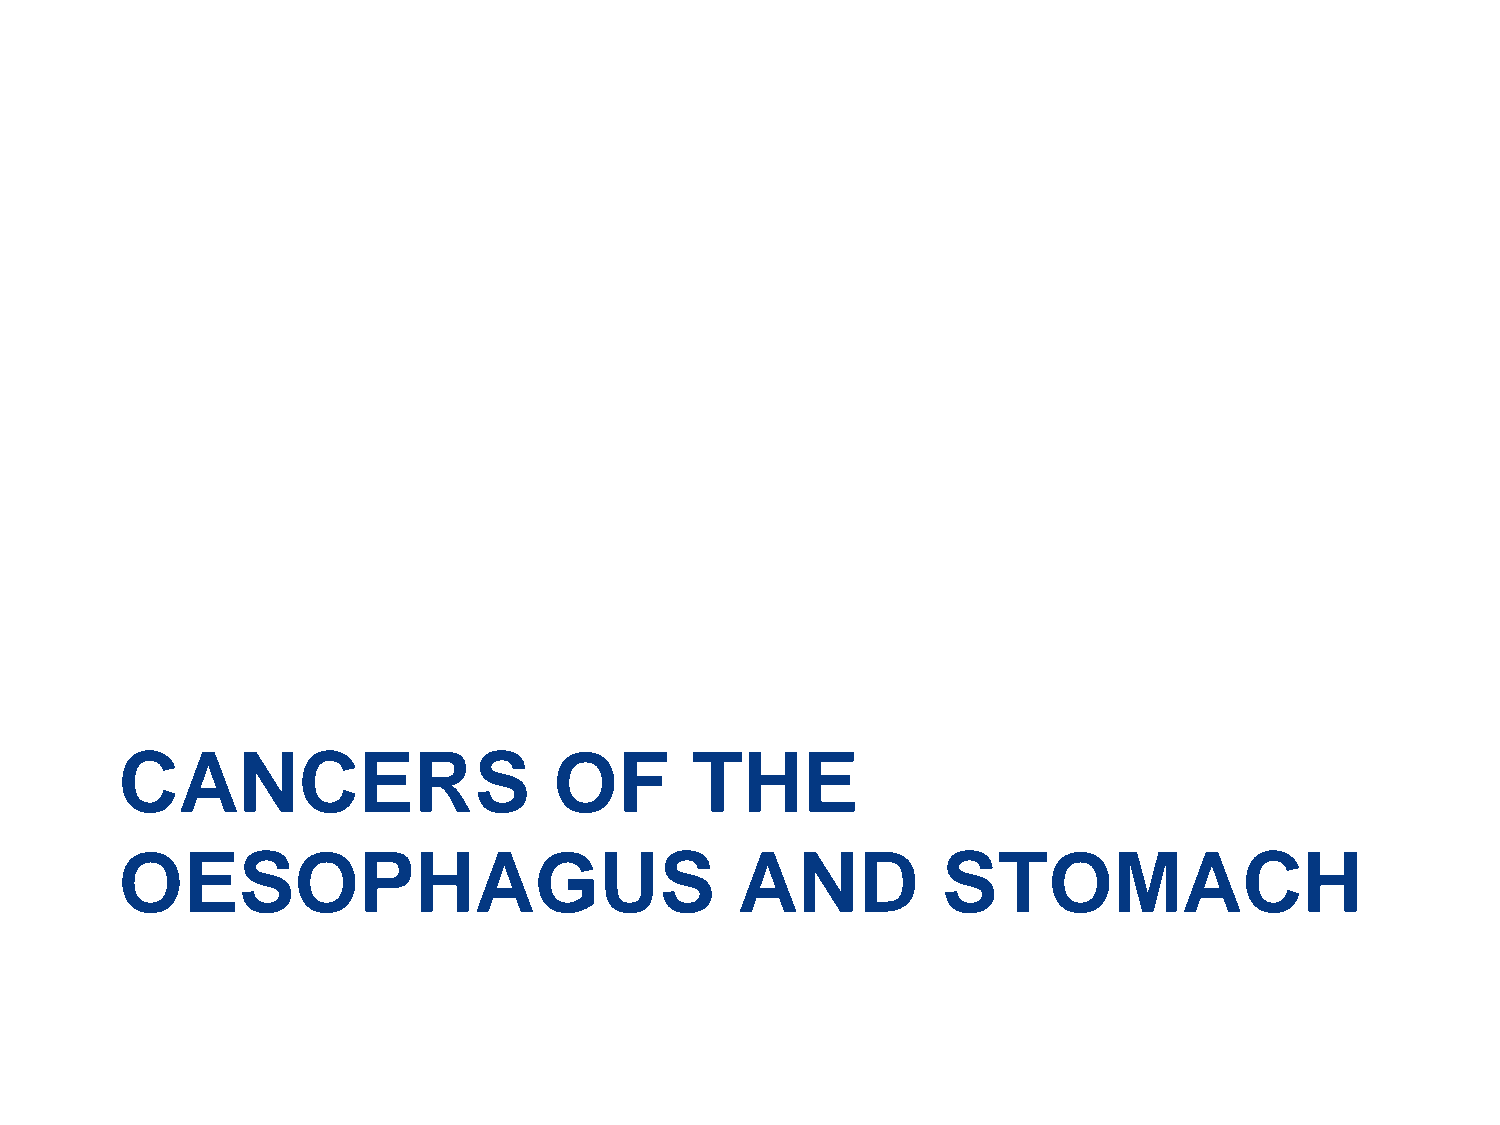
CANCERS                      OF       THE
 OESOPHAGUS                               AND          STOMACH